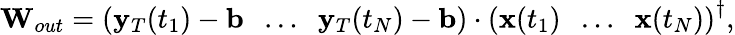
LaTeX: \mathbf{W}_{out}=\left(\mathbf{y}_{T}(t_{1})-\mathbf{b}\; \; \dots\; \; \mathbf{y}_{T}(t_{N})-\mathbf{b}\right)\cdot\left(\mathbf{x}(t_{1})\; \; \dots\; \; \mathbf{x}(t_{N})\right)^{\dagger},